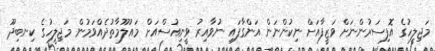
މަޖިލީހުގެ އޮފިސަރުންނަށް ވަޒީފާއަށް ނިކުންނަން އަންގާފައި ނުވާއިރު ވީނިއުސްއަށް މައުލޫމާތުދެއްވަމުން މަޖިލީހުގެ ކިނބިދޫ